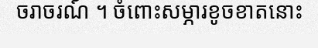
ចរាចរណ៍ ។ ចំពោះសម្ភារខូចខាតនោះ